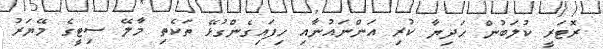
ރޮޓަރީ ކުލަބުން ހަދިޔާ ކުރި އަންނައުނާއި ހިފައިގެންގުޅޭ ތަކެތި މާލޭ ސިޓީގެ މޭޔަރު